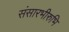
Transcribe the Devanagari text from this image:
संसारभीरुभि